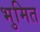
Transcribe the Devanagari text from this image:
भुमित